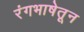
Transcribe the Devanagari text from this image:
रंगभाषेतून